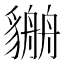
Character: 𧴏